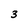
Character: 3